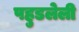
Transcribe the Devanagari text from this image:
पहुडलेली